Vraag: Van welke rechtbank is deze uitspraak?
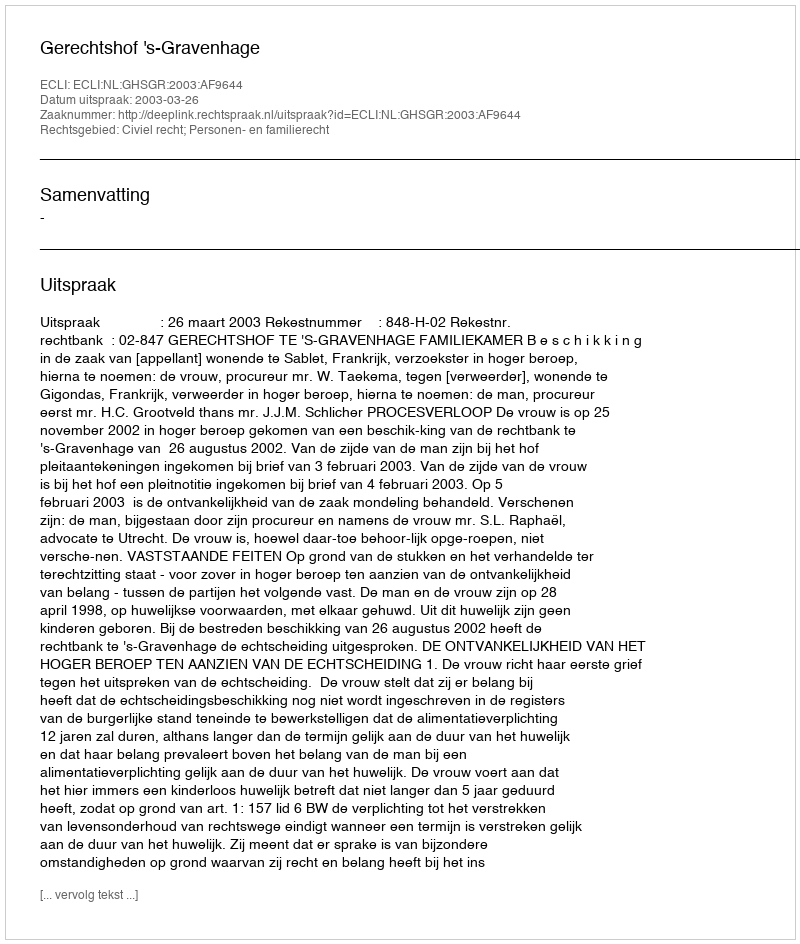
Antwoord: Gerechtshof 's-Gravenhage